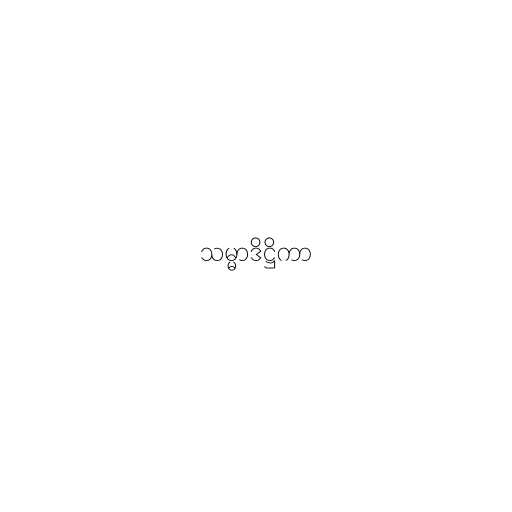
သမ္မာဒိဋ္ဌိကာ